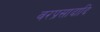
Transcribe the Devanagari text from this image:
वरप्रसादादि